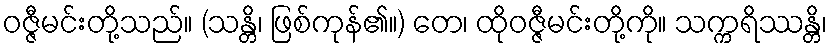
ဝဇ္ဇီမင်းတို့သည်။ (သန္တိ၊ ဖြစ်ကုန်၏။) တေ၊ ထိုဝဇ္ဇီမင်းတို့ကို။ သက္ကရိဿန္တိ၊